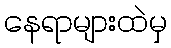
နေရာများထဲမှ